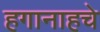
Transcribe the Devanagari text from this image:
हगानाहचे